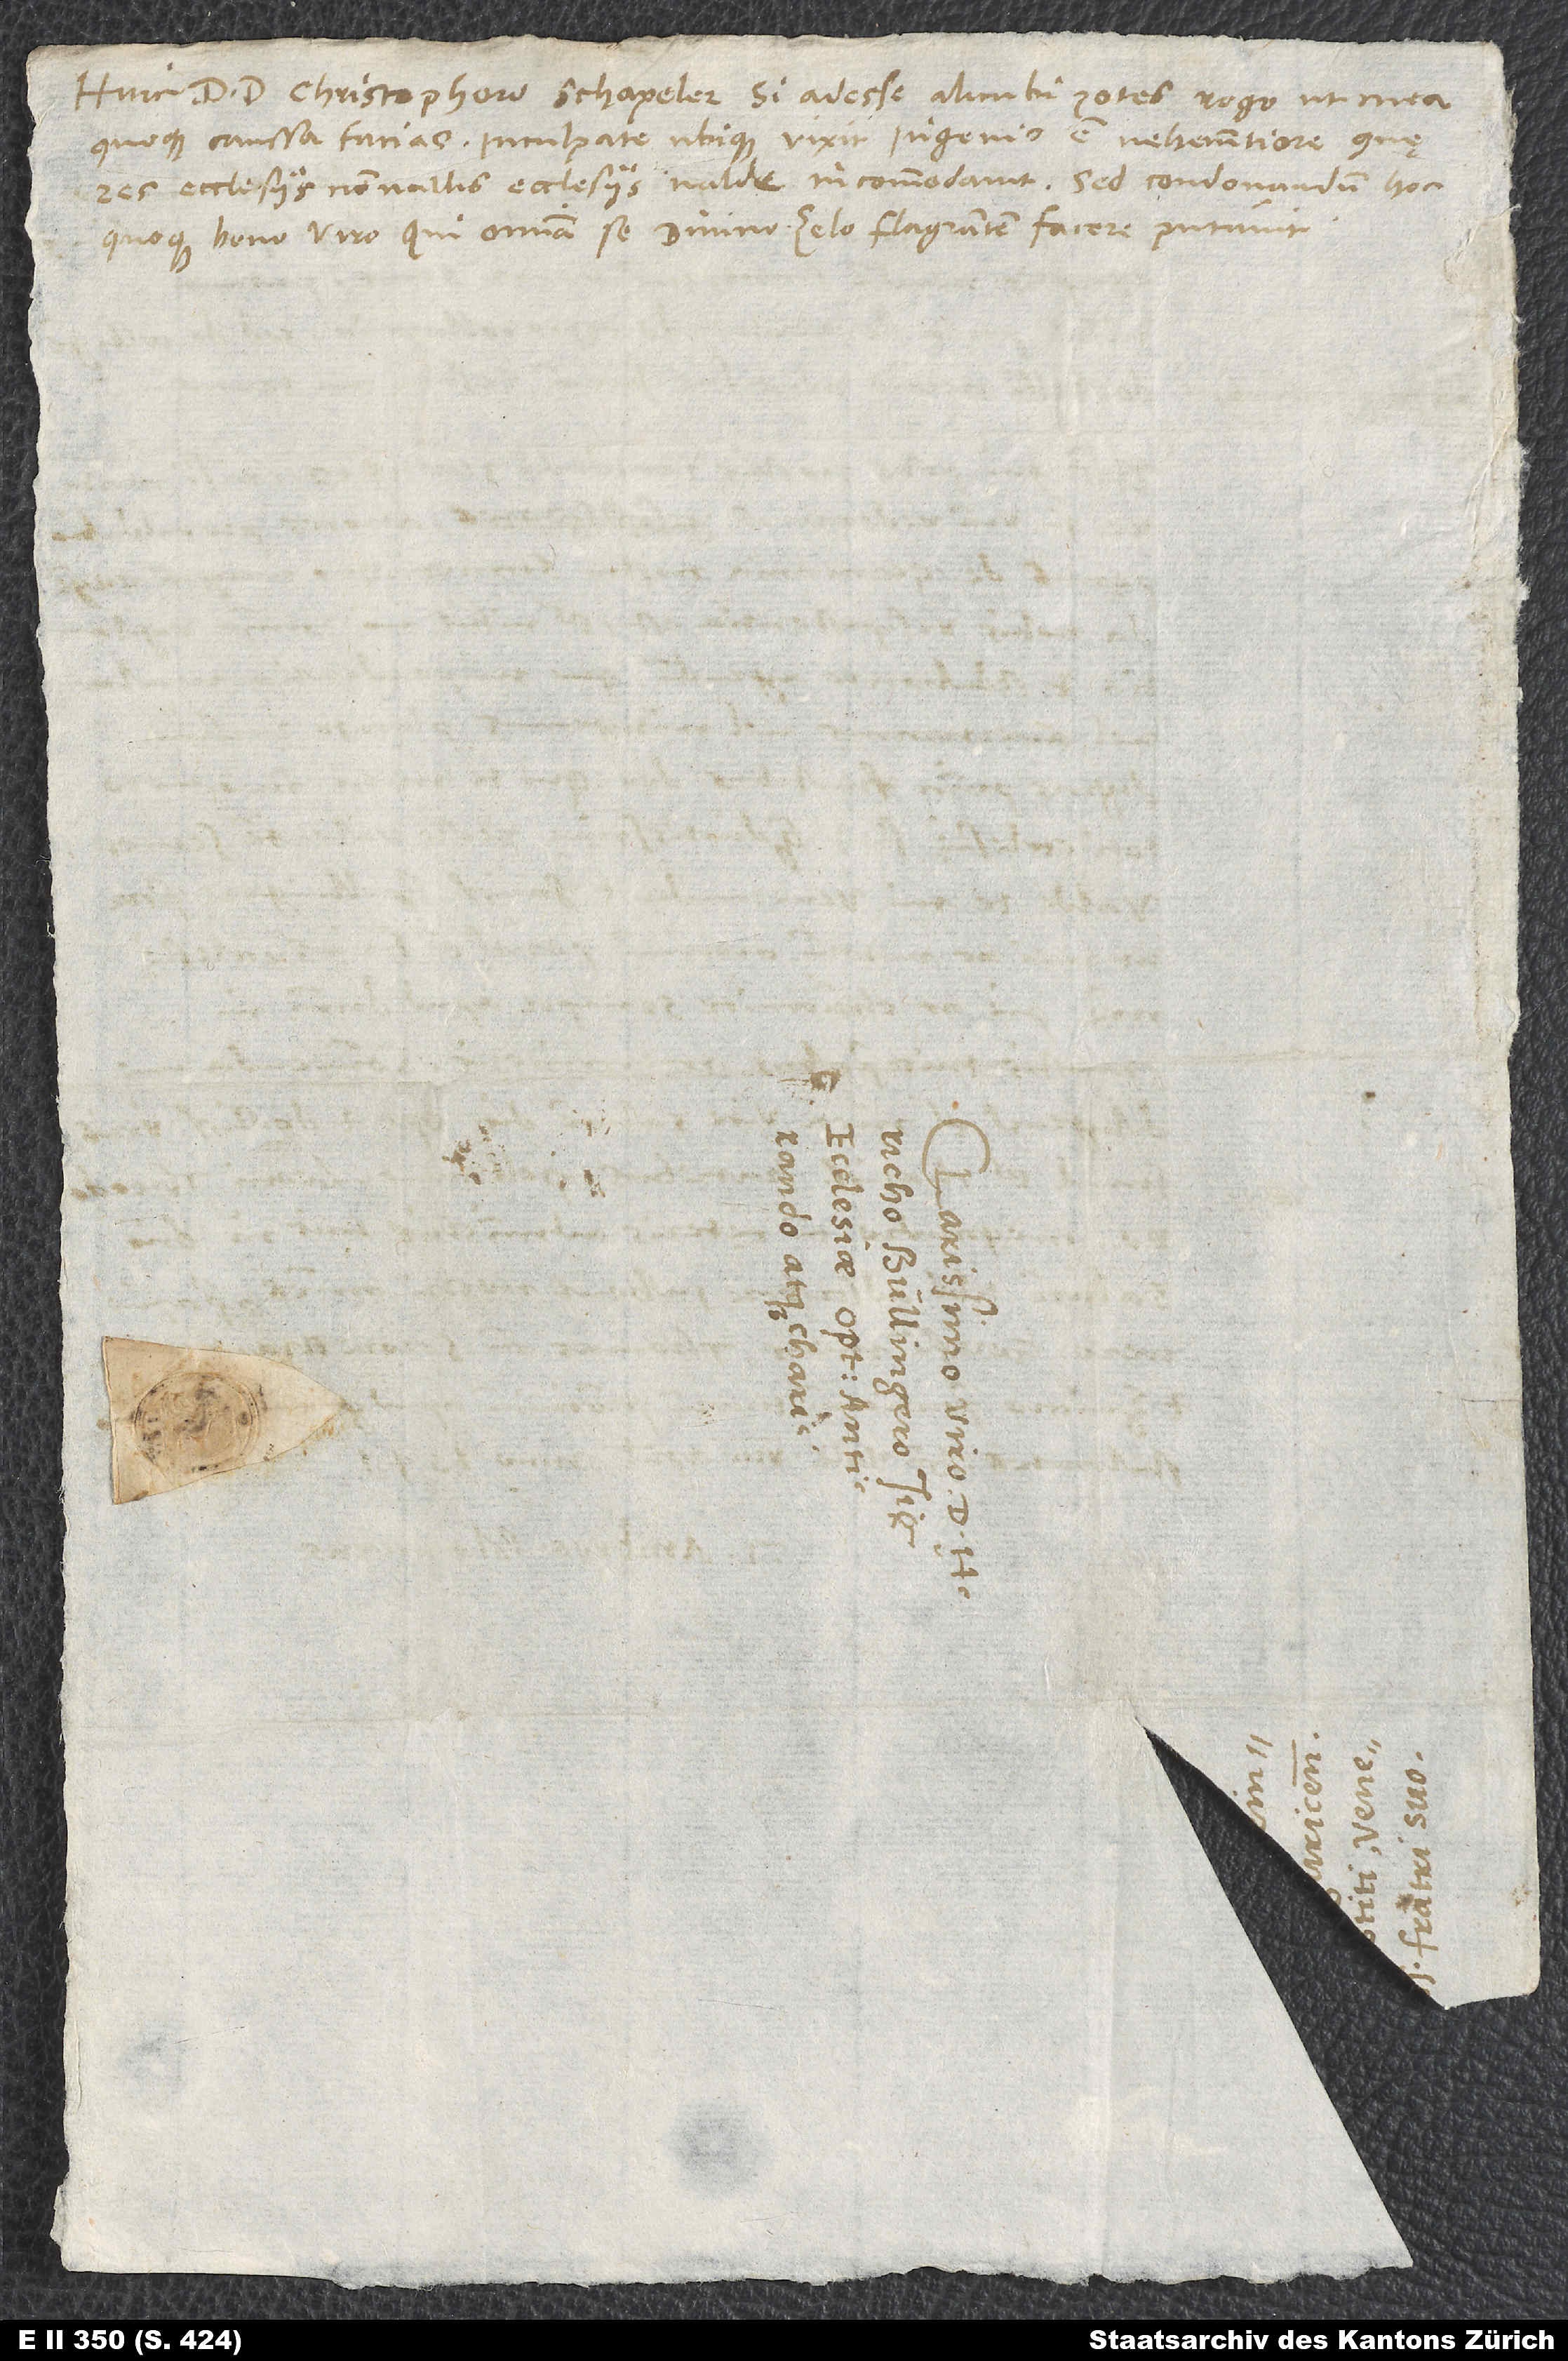
Huic d. d. Christophoro Schapeler si adesse alicubi potes, rogo, ut mea
quoque caussa facias. Inculpate ubique vixit; ingenio est vehementiore, quę
res nonnullis ecclesiis valde incommodavit. Sed condonandum hoc
quoque bono viro, qui omnia se divino zelo flagrantem facere putavit.